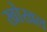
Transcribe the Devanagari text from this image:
खोखल